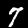
Digit: 7